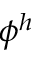
\phi ^ { h }